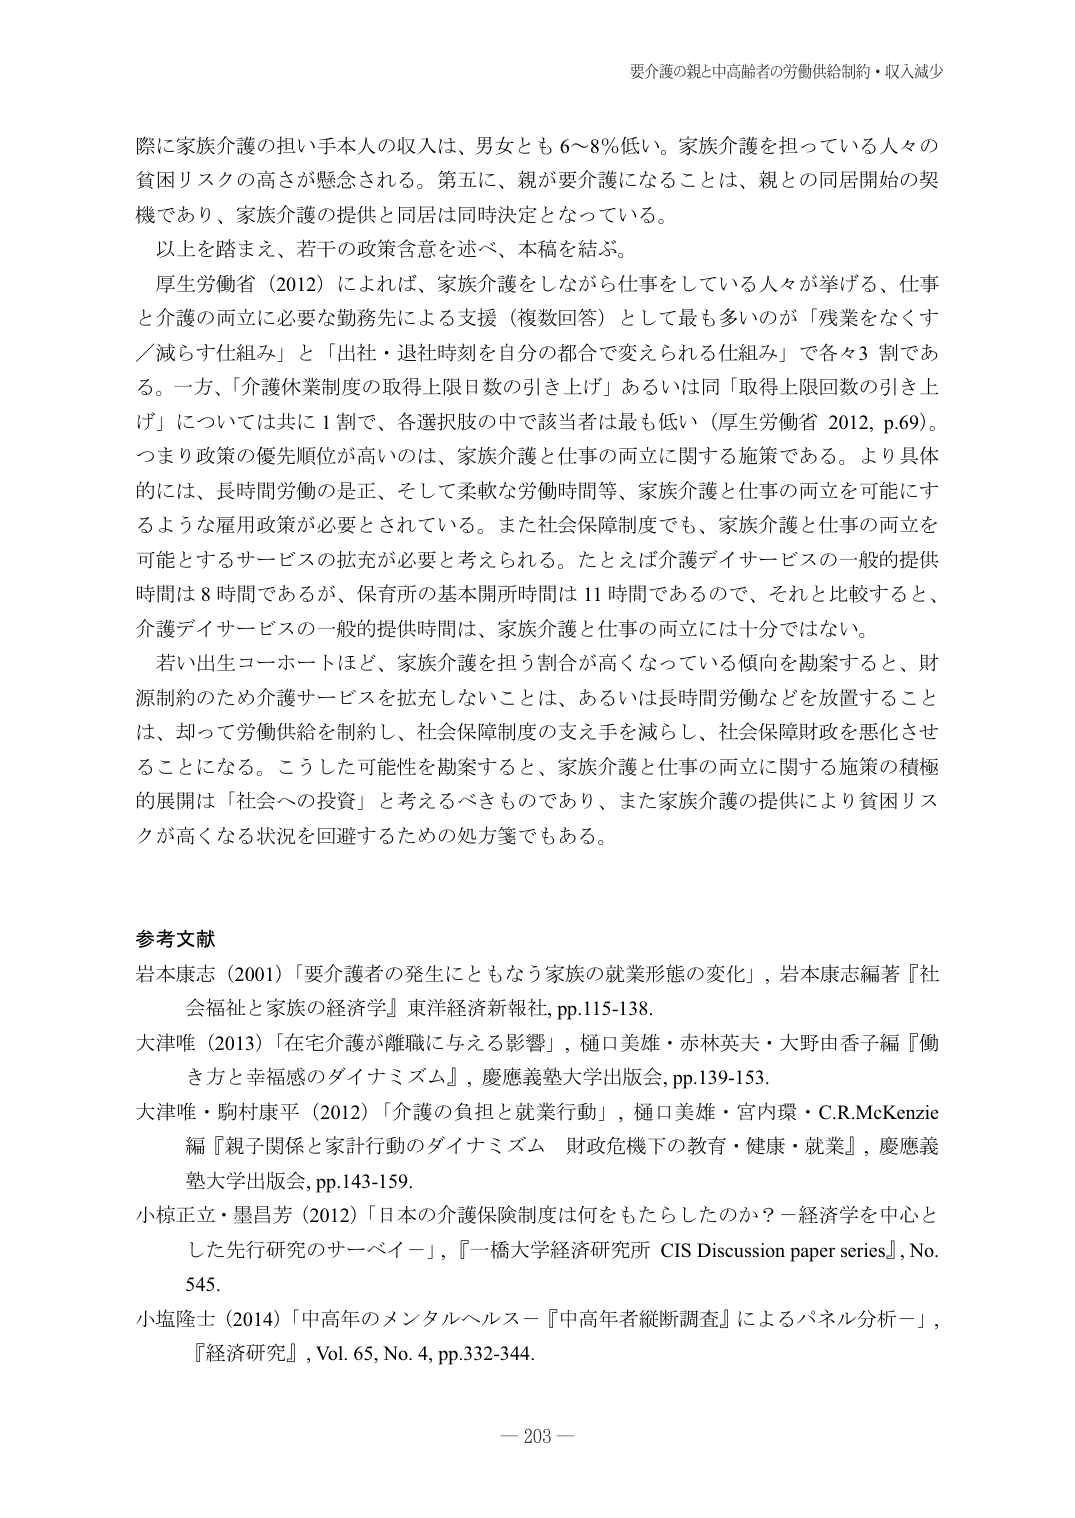
要介護の親と中高齢者の労働供給制約・収入減少

際 に 家族介護の担い手本人の収入は、男女とも 6～8％低い。家族介護を担っている人々の貧困リスクの高さが懸念される。第五に、親が要介護になることは、親との同居開始の契機であり、家族介護の提供と同居は同時決定となっている。

以上を踏まえ、若干の政策含意を述べ、本稿を結ぶ。

厚生労働省（2012）によれば、家族介護をしながら仕事をしている人々が挙げる、仕事と介護の両立に必要な勤務先による支援（複数回答）として最も多いのが「残業をなくす／減らす仕組み」と「出社・退社時刻を自分の都合で変えられる仕組み」で各々3割である。一方、「介護休業制度の取得上限日数の引き上げ」あるいは同「取得上限回数の引き上げ」については共に1割で、各選択肢の中で該当者は最も低い（厚生労働省 2012, p.69）。つまり政策の優先順位が高いのは、家族介護と仕事の両立に関する施策である。より具体的には、長時間労働の是正、そして柔軟な労働時間等、家族介護と仕事の両立を可能にするような雇用政策が必要とされている。また社会保障制度でも、家族介護と仕事の両立を可能とするサービスの拡充が必要と考えられる。たとえば介護デイサービスの一般的提供時間は8時間であるが、保育所の基本開所時間は11時間であるので、それと比較すると、介護デイサービスの一般的提供時間は、家族介護と仕事の両立には十分ではない。

若い出生コーホートほど、家族介護を担う割合が高くなっている傾向を勘案すると、財源制約のため介護サービスを拡充しないことは、あるいは長時間労働などを放置することは、却って労働供給を制約し、社会保障制度の支え手を減らし、社会保障財政を悪化させることになる。こうした可能性を勘案すると、家族介護と仕事の両立に関する施策の積極的展開は「社会への投資」と考えるべきものであり、また家族介護の提供により貧困リスクが高くなる状況を回避するための処方箋でもある。

参考文献

岩本康志（2001）「要介護者の発生にともなう家族の就業形態の変化」，岩本康志編著『社会福祉と家族の経済学』東洋経済新報社，pp.115-138.

大津唯（2013）「在宅介護が離職に与える影響」，樋口美雄・赤林英夫・大野由香子編『働き方と幸福感のダイナミズム』，慶應義塾大学出版会，pp.139-153.

大津唯・駒村康平（2012）「介護の負担と就業行動」，樋口美雄・宮内環・C.R.McKenzie編『親子関係と家計行動のダイナミズム 財政危機下の教育・健康・就業』，慶應義塾大学出版会，pp.143-159.

小椋正立・墨昌芳（2012）「日本の介護保険制度は何をもたらしたのか？－経済学を中心とした先行研究のサーベイ－」，『一橋大学経済研究所 CIS Discussion paper series』，No. 545.

小塩隆士（2014）「中高年のメンタルヘルス－『中高年者縦断調査』によるパネル分析－」，『経済研究』，Vol. 65, No. 4, pp.332-344.

－ 203 －